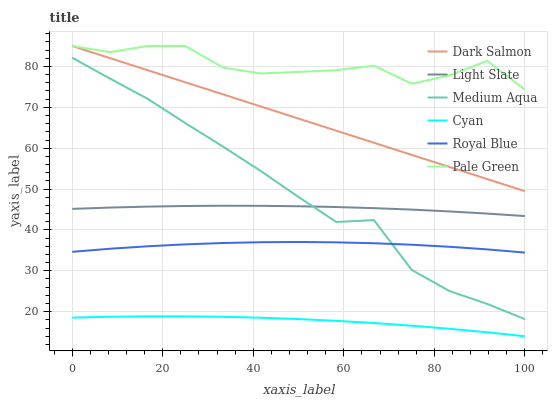
| xaxis_label | Dark Salmon | Light Slate | Medium Aqua | Cyan | Royal Blue | Pale Green |
 | --- | --- | --- | --- | --- | --- | --- |
 | 0 | 85 | 45.2 | 82.1 | 18.5 | 34.6 | 85 |
 | 8.33 | 82 | 45.5 | 77 | 18.8 | 35.4 | 83.5 |
 | 16.7 | 79.1 | 45.7 | 72.1 | 18.9 | 36 | 85 |
 | 25 | 76.1 | 45.9 | 66.1 | 18.9 | 36.5 | 85 |
 | 33.3 | 73.2 | 45.9 | 60.4 | 18.7 | 36.8 | 79.7 |
 | 41.7 | 70.2 | 45.9 | 54.4 | 18.5 | 37 | 78.3 |
 | 50 | 67.2 | 45.8 | 48.1 | 18.2 | 37.1 | 78.7 |
 | 58.3 | 64.3 | 45.6 | 41.9 | 17.8 | 37 | 79.1 |
 | 66.7 | 61.3 | 45.3 | 42.4 | 17.2 | 36.7 | 80.2 |
 | 75 | 58.4 | 45 | 30.2 | 16.6 | 36.4 | 75.8 |
 | 83.3 | 55.4 | 44.5 | 25.1 | 15.8 | 35.9 | 77.8 |
 | 91.7 | 52.5 | 44 | 21.9 | 15 | 35.2 | 81.3 |
 | 100 | 49.5 | 43.4 | 18.2 | 14 | 34.5 | 74.3 |